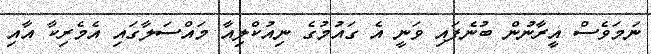
ނަމަވެސް އީރާނުން ބުނެފައި ވަނީ އެ ގައުމުގެ ނިއުކްލިއާ މައްސަލާގައި އެމެރިކާ އާއި